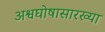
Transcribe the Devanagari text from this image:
अश्वघोषासारख्या